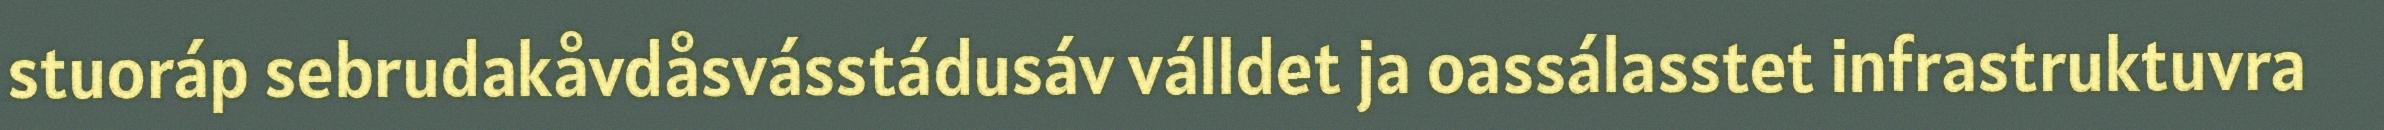
stuoráp sebrudakåvdåsvásstádusáv válldet ja oassálasstet infrastruktuvra